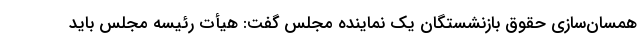
همسان‌سازی حقوق بازنشستگان یک نماینده مجلس گفت: هیأت رئیسه مجلس باید